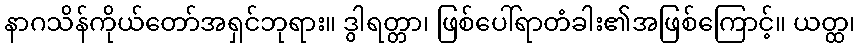
နာဂသိန်ကိုယ်တော်အရှင်ဘုရား။ ဒွါရတ္တာ၊ ဖြစ်ပေါ်ရာတံခါး၏အဖြစ်ကြောင့်။ ယတ္ထ၊